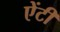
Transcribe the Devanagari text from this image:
एेंटी